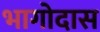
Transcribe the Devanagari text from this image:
भागोदास